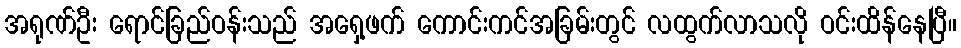
အရုဏ်ဦး ရောင်ခြည်ဝန်းသည် အရှေ့ဖက် ကောင်းကင်အခြမ်းတွင် လထွက်လာသလို ဝင်းထိန်နေပြီ။